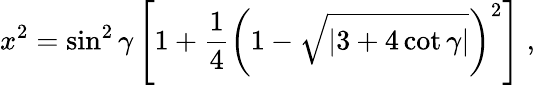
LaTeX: x^{2}=\sin^{2}\gamma\left[1+\frac{1}{4}\left(1-\sqrt{\left|3+4\, \mathrm{cot}\, \gamma\right|}\right)^{2}\right]\; ,